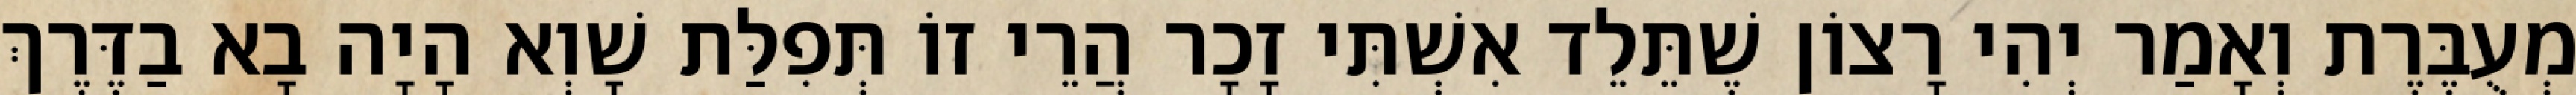
מְעֻבֶּרֶת וְאָמַר יְהִי רָצוֹן שֶׁתֵּלֵד אִשְׁתִּי זָכָר הֲרֵי זוֹ תְּפִלַּת שָׁוְא הָיָה בָא בַדֶּרֶךְ